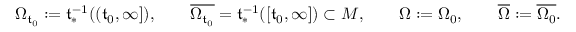
\Omega _ { \mathfrak { t } _ { 0 } } : = \mathfrak { t } _ { * } ^ { - 1 } ( ( \mathfrak { t } _ { 0 } , \infty ] ) , \qquad \overline { { \Omega _ { \mathfrak { t } _ { 0 } } } } = \mathfrak { t } _ { * } ^ { - 1 } ( [ \mathfrak { t } _ { 0 } , \infty ] ) \subset M , \qquad \Omega : = \Omega _ { 0 } , \qquad \overline { \Omega } : = \overline { { \Omega _ { 0 } } } .